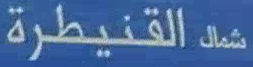
شمالك القنيطرة